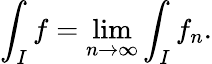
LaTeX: \int_{I}f=\operatorname*{lim}_{n\to\infty}\int_{I}f_{n}.